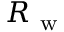
R _ { \mathrm { ~ w ~ } }